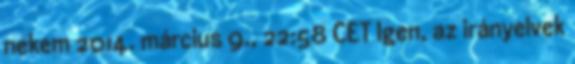
nekem 2014. március 9., 22:58 CET Igen, az irányelvek